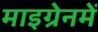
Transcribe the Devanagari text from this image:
माइग्रेनमें